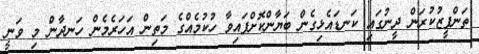
ތަންފީޒުކުރަން ދީނުގައި ކަނޑައެޅިގެން ބަޔާންކޮށްފައިވާ ހުކުމެއްގެ މަތިން އަހަރެމެން ހަނދާން މި ވަނީ